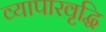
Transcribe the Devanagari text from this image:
व्यापारवृद्धि